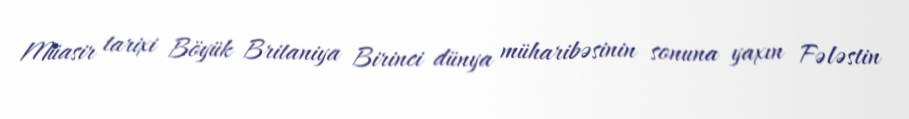
Müasir tarixi Böyük Britaniya Birinci dünya müharibəsinin sonuna yaxın Fələstin